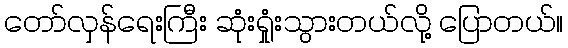
တော်လှန်ရေးကြီး ဆုံးရှုံးသွားတယ်လို့ ပြောတယ်။